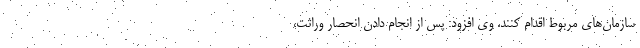
سازمان‌های مربوط اقدام کنند. وی افزود: پس از انجام دادن انحصار وراثت،